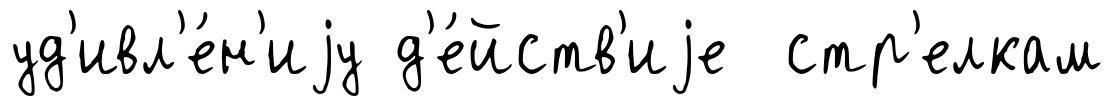
уд'ивл'е́н'иjу д'е́йств'иjе стр'елкам